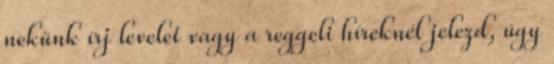
nekünk írj levelet vagy a reggeli híreknél jelezd, úgy